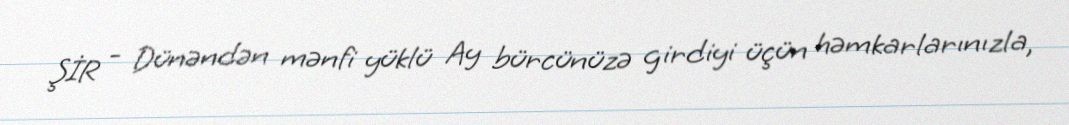
ŞİR - Dünəndən mənfi yüklü Ay bürcünüzə girdiyi üçün həmkarlarınızla,